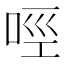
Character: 𠲮